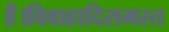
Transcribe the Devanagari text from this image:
हैं।विवाहादिसमस्त